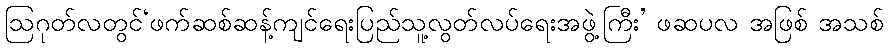
ဩဂုတ်လတွင်‘ဖက်ဆစ်ဆန့်ကျင်ရေးပြည်သူ့လွတ်လပ်ရေးအဖွဲ့ကြီး’ ဖဆပလ အဖြစ် အသစ်